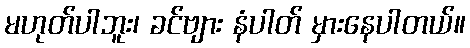
မဟုတ်ပါဘူး၊ ခင်ဗျား နံပါတ် မှားနေပါတယ်။